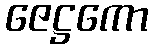
ဇေဋ္ဌကော